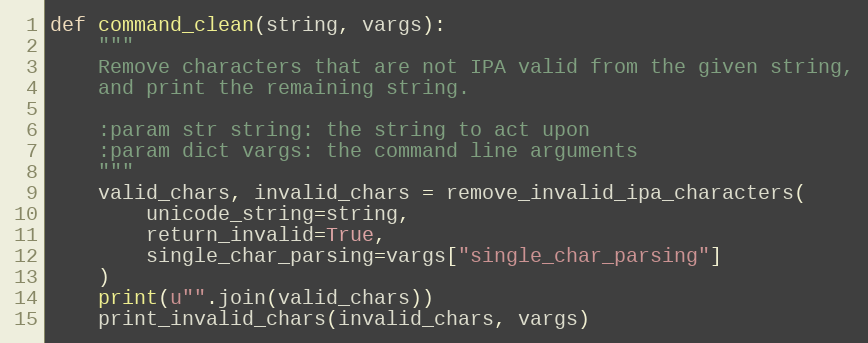
Language: Python
def command_clean(string, vargs):
    """
    Remove characters that are not IPA valid from the given string,
    and print the remaining string.

    :param str string: the string to act upon
    :param dict vargs: the command line arguments
    """
    valid_chars, invalid_chars = remove_invalid_ipa_characters(
        unicode_string=string,
        return_invalid=True,
        single_char_parsing=vargs["single_char_parsing"]
    )
    print(u"".join(valid_chars))
    print_invalid_chars(invalid_chars, vargs)